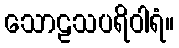
သောဠသပရိဝါရံ။